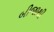
બીજાથી